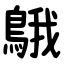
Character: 䳘